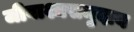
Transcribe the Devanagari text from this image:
जीवाश्मसमुदाय